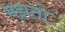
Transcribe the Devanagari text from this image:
मझतो